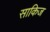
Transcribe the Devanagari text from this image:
साकिज